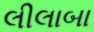
લીલાબા